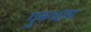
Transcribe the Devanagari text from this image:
गुरूधाम